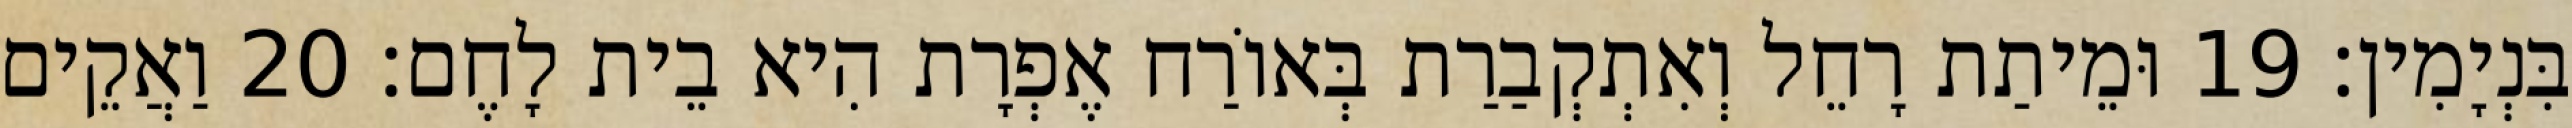
בִּנְיָמִין׃ 19 וּמֵיתַת רָחֵל וְאִתְקְבַרַת בְּאוֹרַח אֶפְרָת הִיא בֵית לָחֶם׃ 20 וַאֲקֵים